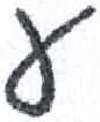
אות: ע